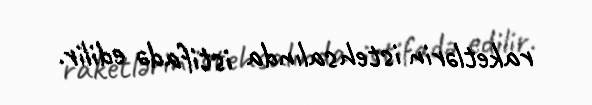
raketlərin istehsalında istifadə edilir.